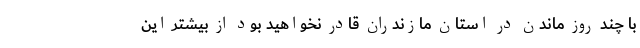
با چند روز ماندن در استان مازندران قادر نخواهید بود از بیشتر این